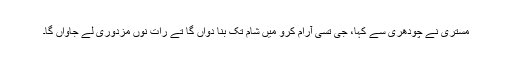
مستری نے چودھری سے کہا، جی تسی آرام کرو میں شام تک بنا دواں گا تے رات نوں مزدوری لے جاواں گا۔